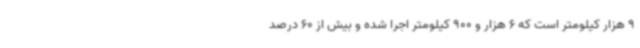
9 هزار کیلومتر است که 6 هزار و 900 کیلومتر اجرا شده و بیش از 60 درصد